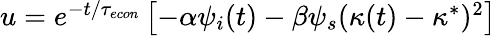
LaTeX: \begin{array}{r}{u=e^{-t/{\tau_{econ}}}\left[-\alpha\psi_{i}(t)-\beta\psi_{s}(\kappa(t)-\kappa^{*})^{2}\right]}\end{array}